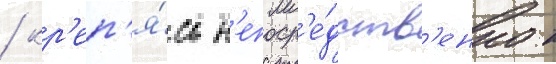
/ кр'еп'я́сь н'епоср'е́дств'енно к